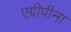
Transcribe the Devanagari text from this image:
एग्रीपीना